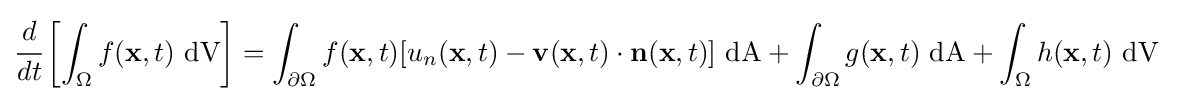
{\cfrac {d}{dt}}\left[\int _{\Omega }f(\mathbf {x} ,t)~{\text{dV}}\right]=\int _{\partial \Omega }f(\mathbf {x} ,t)[u_{n}(\mathbf {x} ,t)-\mathbf {v} (\mathbf {x} ,t)\cdot \mathbf {n} (\mathbf {x} ,t)]~{\text{dA}}+\int _{\partial \Omega }g(\mathbf {x} ,t)~{\text{dA}}+\int _{\Omega }h(\mathbf {x} ,t)~{\text{dV}}~